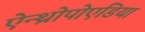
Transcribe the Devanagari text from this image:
ऐन्थ्रोपोएडिया